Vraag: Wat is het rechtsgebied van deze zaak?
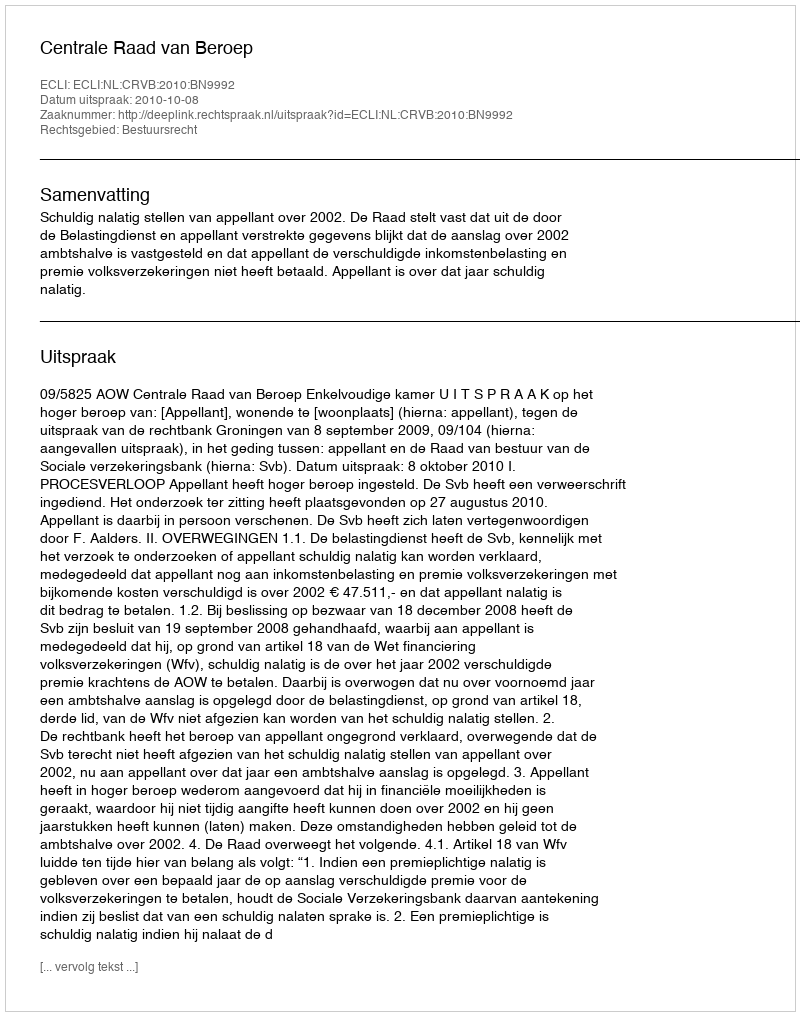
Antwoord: Bestuursrecht